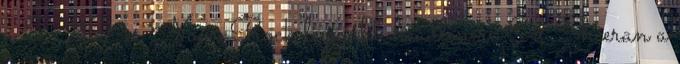
a 2019-es Nova Rock legújabb headlinere Ed Sheeran a